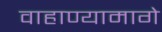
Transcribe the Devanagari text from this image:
वाहाण्यामागे